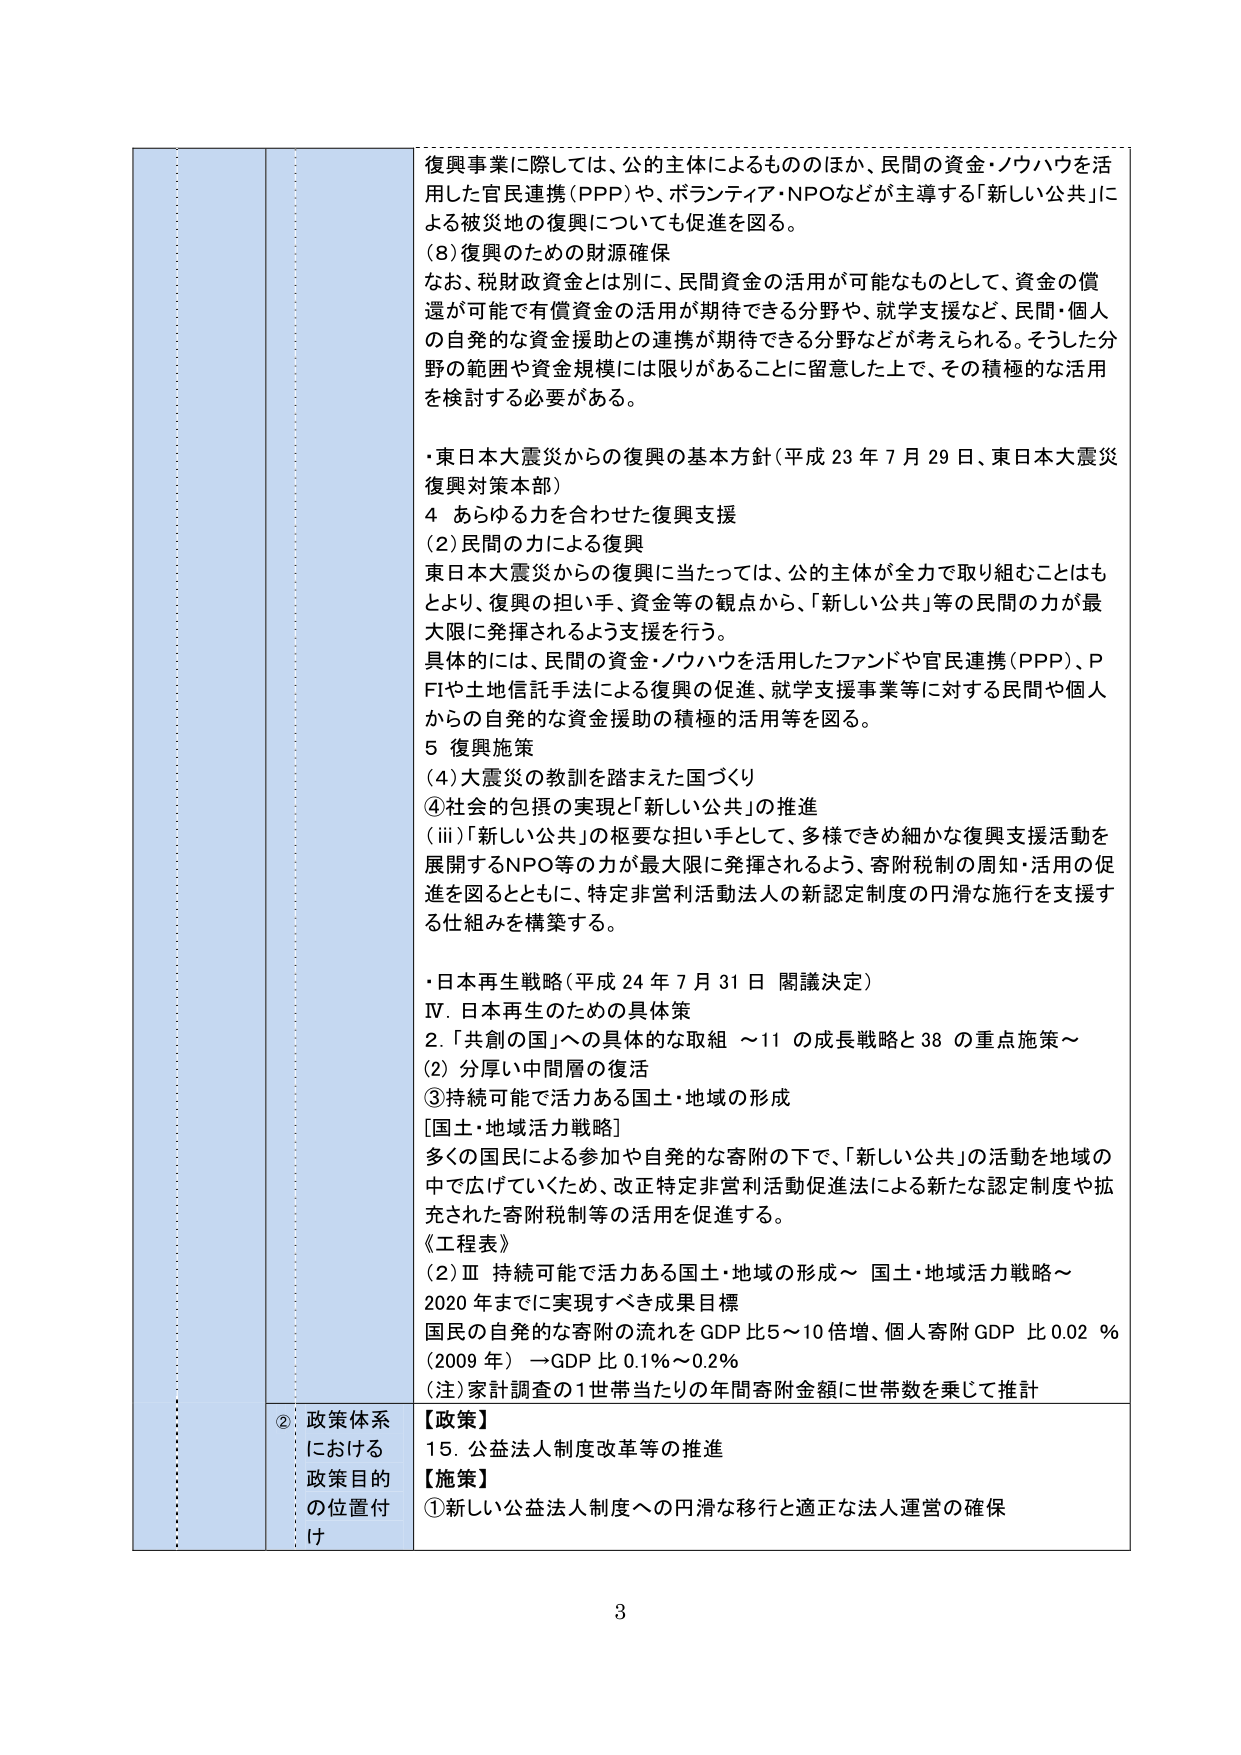
復興事業に際しては、公的主体によるもののがほか、民間の資金・ノウハウを活用した官民連携（PPP）や、ボランティア・NPOなどが主導する「新しい公共」による被災地の復興についても促進を図る。

（8）復興のための財源確保
なお、税財政資金とは別に、民間資金の活用が可能なものとして、資金の償還が可能で有償資金の活用が期待できる分野や、就学支援など、民間・個人の自発的な資金援助との連携が期待できる分野などが考えられる。そうした分野の範囲や資金規模には限りがあることに留意した上で、その積極的な活用を検討する必要がある。

・東日本大震災からの復興の基本方針（平成23年7月29日、東日本大震災復興対策本部）
4 あらゆる力を合わせた復興支援
（2）民間の力による復興
東日本大震災からの復興に当たっては、公的主体が全力で取り組むこともより、復興の担い手、資金等の観点から、「新しい公共」等の民間の力が最大限に発揮されるよう支援を行う。
具体的には、民間の資金・ノウハウを活用したファンドや官民連携（PPP）、PFＩや土地信託手法による復興の促進、就学支援事業等に対する民間や個人からの自発的な資金援助の積極的活用等を図る。
5 復興施策
（4）大震災の教訓を踏まえた国づくり
④社会的包摂の実現と「新しい公共」の推進
（iii）「新しい公共」の枢要な担い手として、多様できめ細かな復興支援活動を展開するNPO等の力が最大限に発揮されるよう、寄附税制の周知・活用の促進を図るとともに、特定非営利活動法人の新認定制度の円滑な施行を支援する仕組みを構築する。

・日本再生戦略（平成24年7月31日 閣議決定）
Ⅳ．日本再生のための具体策
2．「共創の国」への具体的な取組 ～11の成長戦略と38の重点施策～
（2）分厚い中間層の復活
③持続可能で活力ある国土・地域の形成
［国土・地域活力戦略］
多くの国民による参加や自発的な寄附の下で、「新しい公共」の活動を地域の中で広げていくため、改正特定非営利活動促進法による新たな認定制度や拡充された寄附税制等の活用を促進する。
《工程表》
（2）Ⅲ 持続可能で活力ある国土・地域の形成～ 国土・地域活力戦略～
2020年までに実現すべき成果目標
国民の自発的な寄附の流れをGDP比5～10倍増、個人寄附GDP比0.02％（2009年）→GDP比0.1％～0.2％
（注）家計調査の1世帯当たりの年間寄附金額に世帯数を乗じて推計

② 政策体系における政策目的の位置付け
【政策】
15．公益法人制度改革等の推進
【施策】
①新しい公益法人制度への円滑な移行と適正な法人運営の確保

3